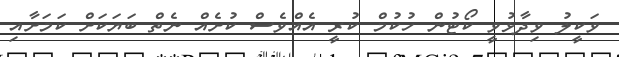
ވަކީލު ވިދާޅުވީ ކޯޓުން ހުކުމް ކުރީ އެއްވެސް ކުށެއް ނެތް ބަޔަކަށް ކަމަށާއި